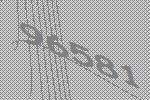
96581